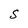
Character: S